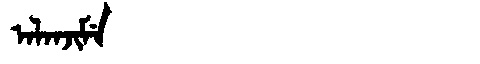
Manchu: ᠠᠯᠠᠨᠵᡳᠮᡝ
Romanization: ALANJIME